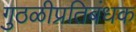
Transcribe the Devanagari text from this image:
गुठळीप्रतिबंधक